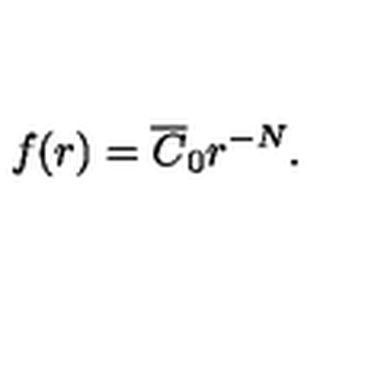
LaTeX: f ( r ) = \overline { { C } } _ { 0 } r ^ { - N } \mathrm { . }